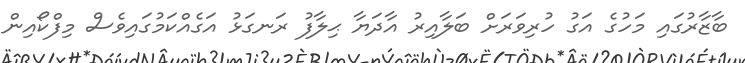
ބާޒާރުގައި މަހުގެ އަގު ހުރިވަރަށް ބަލާއިރު އާދަޔާ ޙިލާފު ރަނގަޅު އަގެއްކަމުގައިވެސް މިފްކޯއިން